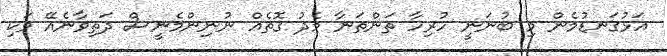
އަޅުގަނޑުމެން މި ބުނަނީ ހުރިހާ ތަންތަނާ މެދު ގޮތެއް ނުނިންމެނީސް ދަތިވާނެއޭ ވަކި